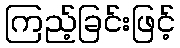
ကြည့်ခြင်းဖြင့်